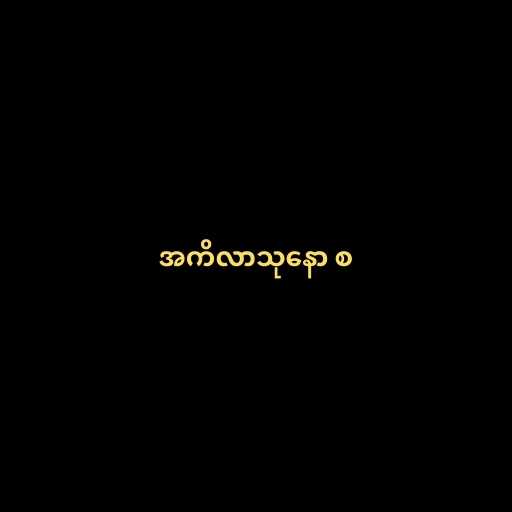
အကိလာသုနော စ